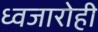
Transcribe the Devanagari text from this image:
ध्वजारोही